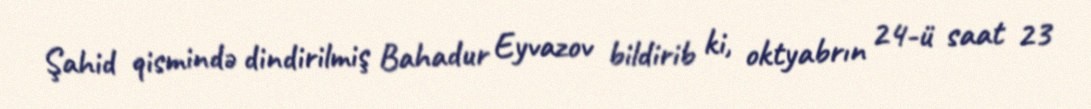
Şahid qismində dindirilmiş Bahadur Eyvazov bildirib ki, oktyabrın 24-ü saat 23